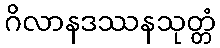
ဂိလာနဒဿနသုတ္တံ